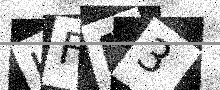
Text: HFM3